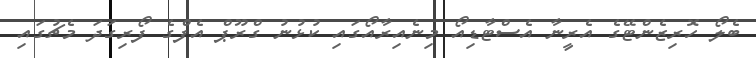
ބެލޯ ހޮރިޒެންޓޭގެ އެރީނާ އެސްޓާޑިއޯ މިނެއިރާއޯގައި ކުޅުނު ގްރޫޕް އެފްގެ ފޯރިގަދަ މެޗުގައި